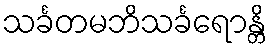
သင်္ခတမဘိသင်္ခရောန္တိ